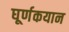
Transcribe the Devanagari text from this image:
घूर्णकयान